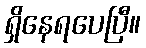
ရှိနေရပေပြီ။